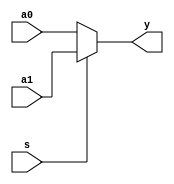
// Autor: Thas Laura Ancio Andrade
// 
// Data de criao:   16/06/2024 
// Nome do mdulo:    mux21
// Nome do projeto:   Projeto Final de Sistemas Digitais
// Verso: v2
// Descrio: Esse projeto utiliza o mdulo ordenador, que possui diversos mdulos bsicos de ordenao (Basic Network - BN)
//            em paralelo, para ordenar oito nmeros com Size bits de forma decrescente (y1  o mximo, y8, o mnimo). 
// 			  Dentro de cada BN, existe um comparador e dois multiplexadores, os quais retornam o nmero 'max' e 'min'.
// 			  Todo o cdigo foi escrito na linguagem de hardware Verilog, processado no programa Leonardo Spectrum.
//			  Em conjunto com os mdulos, o projeto tambm estuda e compara a rea, o delay e a quantidade de processamento
//			  em funo da quantidade de bits das variveis de input.


/*COPYING
=======

Copyright:  Copyright (C) 2024 Thas Laura
Licence:    GPL-3.0-ou-posterior

This file is part of Projeto Final de Sistemas Digitais.

    This program is free software: you can redistribute it and/or modify
    it under the terms of the GNU General Public License as published by
    the Free Software Foundation, either version 3 of the License, or
    (at your option) any later version.

    This program is distributed in the hope that it will be useful,
    but WITHOUT ANY WARRANTY; without even the implied warranty of
    MERCHANTABILITY or FITNESS FOR A PARTICULAR PURPOSE.  See the
    GNU General Public License for more details.

    You should have received a copy of the GNU General Public License
    along with this program.  If not, see <https://www.gnu.org/licenses/>6.
*/

/*
Mdulo: mux21

Descrio:
Esse mdulo implementa multiplexador 2x1

Parmetros:
- Size: quantidade de bits 
Output:
- y: nmero selecionado
Input:
- s: selecionador (recebe o indicador de comparao do mdulo comp_nbits)
- a1, a0: valores a serem selecionados

*/

`timescale 1 ns/100 ps

module mux21 #(parameter Size=8) 
			(output [Size-1:0] y, input s, input [Size-1:0] a1, a0);

	assign y = s ? a1 : a0;

endmodule